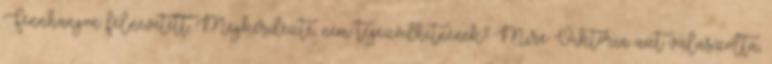
Fennhangon felnevetett. Megkérdezte, nem tegeződhetnének? Mire Viktória azt válaszolta,